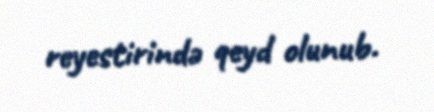
reyestirində qeyd olunub.